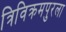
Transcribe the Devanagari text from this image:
त्रिविक्रमपुरला